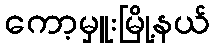
ကော့မှူးမြို့နယ်